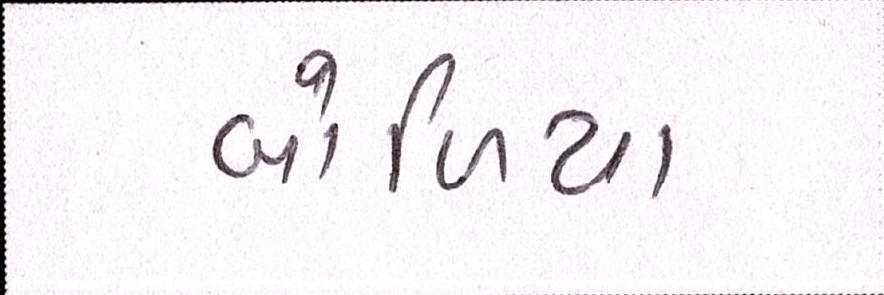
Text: બોળિયા